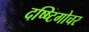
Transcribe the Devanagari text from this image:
दष्ष्टिगोचर